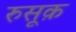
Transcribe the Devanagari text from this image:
रुसूक़